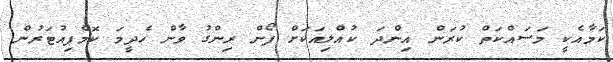
ކަމާއެކީ މަސައްކަތް ކުރަން އިންދަ ކުއްލިއަކަށް ފޯން ރިންގު ވާން ހެދީމަ ކޮމްޕިއުޓަރުން